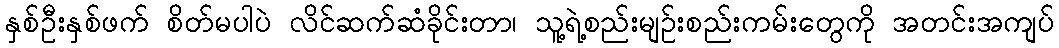
နှစ်ဦးနှစ်ဖက် စိတ်မပါပဲ လိင်ဆက်ဆံခိုင်းတာ၊ သူ့ရဲ့စည်းမျဉ်းစည်းကမ်းတွေကို အတင်းအကျပ်